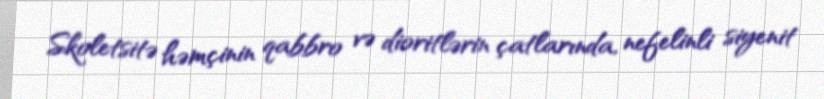
Skoletsitə həmçinin qabbro və dioritlərin çatlarında, nefelinli siyenit